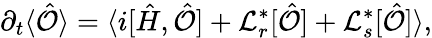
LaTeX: \partial_{t}\langle\hat{\mathcal{O}}\rangle=\langle i[\hat{H},\hat{\mathcal{O}}]+\mathcal{L}_{r}^{*}[\hat{\mathcal{O}}]+\mathcal{L}_{s}^{*}[\hat{\mathcal{O}}]\rangle,